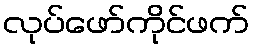
လုပ်ဖော်ကိုင်ဖက်